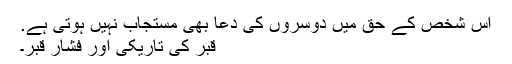
اس شخص کے حق میں دوسروں کی دعا بھی مستجاب نہیں ہوتی ہے.
قبر کی تاریکی اور فشار قبر۔